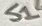
Text: S1